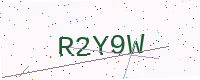
Text: R2Y9W